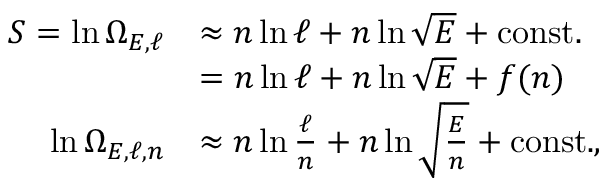
{ \begin{array} { r l } { S = \ln \Omega _ { E , \ell } } & { \approx n \ln \ell + n \ln { \sqrt { E } } + { \mathrm { c o n s t . } } } \\ & { = n \ln \ell + n \ln { \sqrt { E } } + f ( n ) } \\ { \ln \Omega _ { E , \ell , n } } & { \approx n \ln { \frac { \ell } { n } } + n \ln { \sqrt { \frac { E } { n } } } + { \mathrm { c o n s t . } } , } \end{array} }